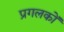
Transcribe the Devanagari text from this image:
प्रगलकों